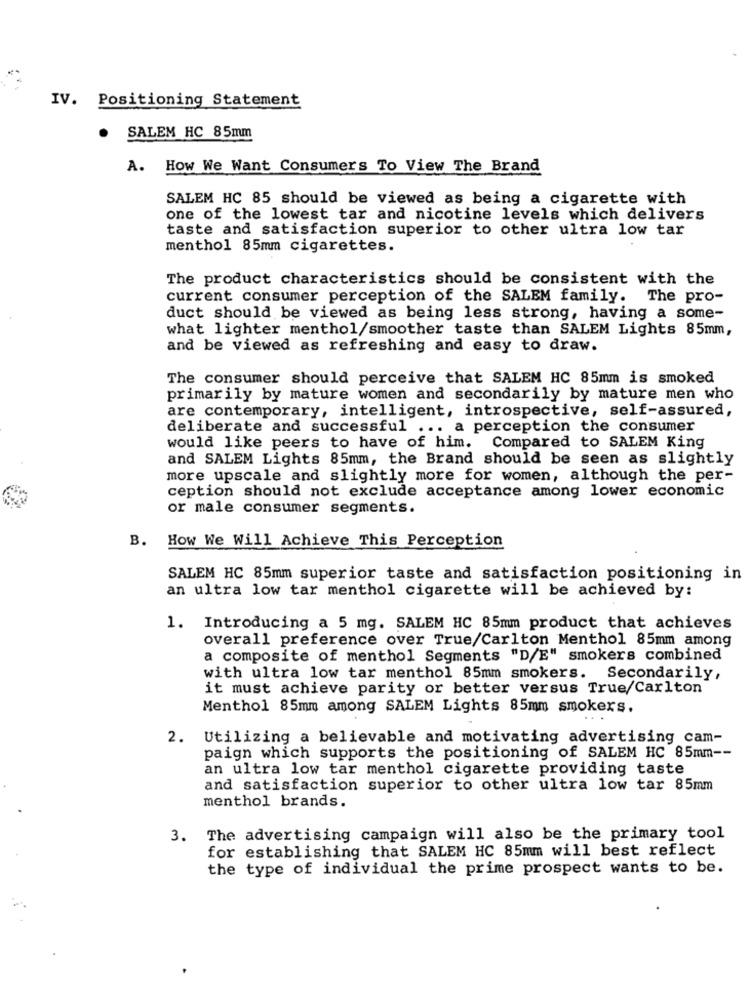
IV. Positioning Statement
SALEM HC 85mm
A. How We Want Consumers To View The Brand
SALEM HC 85 should be viewed as being a cigarette with
one of the lowest tar and nicotine levels which delivers
taste and satisfaction superior to other ultra low tar
menthol 85mm cigarettes.
The product characteristics should be consistent with the
current consumer perception of the SALEM family. The pro-
duct should be viewed as being less strong, having a some-
what lighter menthol/smoother taste than SALEM Lights 85mm,
and be viewed as refreshing and easy to draw.
The consumer should perceive that SALEM HC 85mm is smoked
primarily by mature women and secondarily by mature men who
are contemporary, intelligent, introspective, self-assured,
deliberate and successful ... a perception the consumer
would like peers to have of him. Compared to SALEM King
and SALEM Lights 85mm, the Brand should be seen as slightly
more upscale and slightly more for women, although the per-
ception should not exclude acceptance among lower economic
or male consumer segments.
B. How We Will Achieve This Perception
SALEM HC 85mm superior taste and satisfaction positioning in
an ultra low tar menthol cigarette will be achieved by:
1. Introducing a 5 mg. SALEM HC 85mm product that achieves
overall preference over True/Carlton Menthol 85mm among
a composite of menthol Segments "D/E" smokers combined
with ultra low tar menthol 85mm smokers. Secondarily,
it must achieve parity or better versus True/Carlton
Menthol 85mm among SALEM Lights 85mm smokers.
2. Utilizing a believable and motivating advertising cam-
paign which supports the positioning of SALEM HC 85mm --
an ultra low tar menthol cigarette providing taste
and satisfaction superior to other ultra low tar 85mm
menthol brands.
3. The advertising campaign will also be the primary tool
for establishing that SALEM HC 85mm will best reflect
the type of individual the prime prospect wants to be.